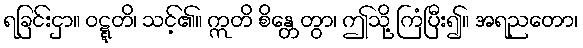
ရခြင်းငှာ။ ဝဋ္ဋတိ၊ သင့်၏။ ဣတိ စိန္တေတွာ၊ ဤသို့ ကြံပြီး၍။ အရညတော၊